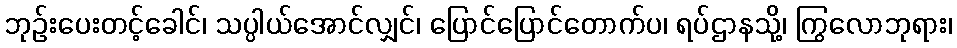
ဘုဉ်းပေးတင့်ခေါင်၊ သပ္ပါယ်အောင်လျှင်၊ ပြောင်ပြောင်တောက်ပ၊ ရပ်ဌာနသို့၊ ကြွလောဘုရား၊